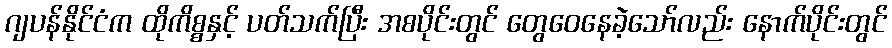
ဂျပန်နိုင်ငံက ထိုကိစ္စနှင့် ပတ်သက်ပြီး အစပိုင်းတွင် တွေဝေနေခဲ့သော်လည်း နောက်ပိုင်းတွင်